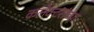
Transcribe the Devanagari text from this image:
कलेक्टरांच्या